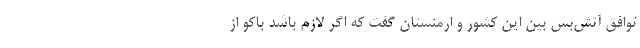
توافق آتش‌بس بین این کشور و ارمنستان گفت که اگر لازم باشد باکو از